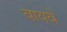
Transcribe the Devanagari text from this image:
वायवे